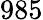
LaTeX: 985